Report of the Indian Hemp Drugs Commission, 1894-1895 - Volume VI
Year: 1894
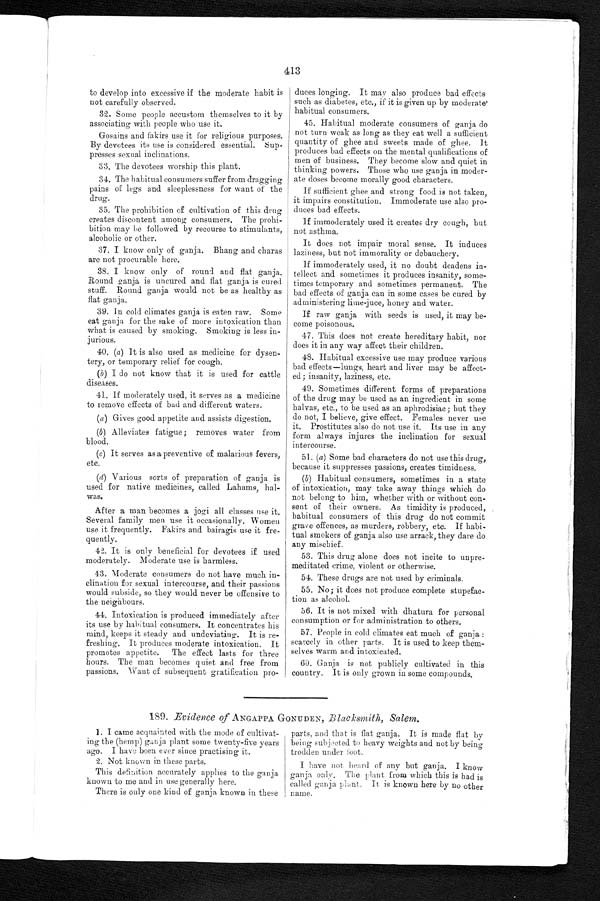
413
to develop into excessive if the moderate habit is
not carefully observed.
32. Some people accustom themselves to it by
associating with people who use it.
Gosains and fakirs use it for religious purposes.
By devotees its use is considered essential. Sup
- p r e s s e s s e x u a l i n c l i n a t i o n s .
33. The devotees worship this plant.
34. The habitual consumers suffer from dragging
pains of legs and sleeplessness for want of the
drug.
35. The prohibition of cultivation of this drug
creates discontent among consumers. The prohi
- b i t i o n m a y b e f o l l o w e d b y r e c o u r s e t o s t i m u l a n t s ,
alcoholic or other.
37. I know only of ganja. Bhang and charas
are not procurable here.
38. I know only of round and flat ganja.
Round ganja is uncured and flat ganja is cured
stuff. Round ganja would not be as healthy as
flat ganja.
39. In cold climates ganja is eaten raw. Some
eat ganja for the sake of more intoxication than
what is caused by smoking. Smoking is less in-
jurious.
40. (a) It is also used as medicine for dysen--
tery, or temporary relief for cough.
(b) I do not know that it. is used for cattle
diseases.
41. If moderately used, it serves as a medicine
to remove effects of bad and different waters.
(a) Gives good appetite and assists digestion.
(b) Alleviates fatigue; removes water from
blood.
(c) It serves as a preventive of malarious fevers,
etc.
(d) Various sorts of preparation of ganja is
used for native medicines, called Lahams, hal
- w a s .
After a man becomes a jogi all classes use it.
Several family men use it occasionally. Women
use it frequently. Fakirs and bairagis use it fre-
quently.
42. It is only beneficial for devotees if used
moderately. Moderate use is harmless.
43. Moderate consumers do not have much in--
clination for sexual intercourse, and their passions
would subside, so they would never be offensive to
the neighbours.
44. Intoxication is produced immediately after
its use by habitual consumers. It concentrates his
mind, keeps it steady and undeviating. It is re--
freshing. It produces moderate intoxication. It
promotes appetite. The
e f f e c t l a s t s f o r t h r e e h o u r s . T h e m a n b e c o m e s q u i e t a n d f r e e f r o m
passions. Want of subsequent gratification pro-
duces longing. It may also produce bad effects
such as diabetes, etc., if it is given up by moderate'
habitual consumers.
45. Habitual moderate consumers of ganja do
not turn weak as long as they eat well a sufficient
quantity of ghee and sweets made of ghee. It
produces bad effects on the mental qualifications of
men of business. They become slow and quiet in
thinking powers. Those who use ganja in moder-
ate doses become morally good characters.
If sufficient ghee and strong food is not taken,
it impairs constitution. Immoderate use also pro-
duces bad effects.
If immoderately used it creates dry cough, but
not asthma.
It does not impair moral sense. It induces
laziness, but not immorality or debauchery.
If immoderately used, it no doubt deadens in-
tellect and sometimes it produces insanity, some-
times temporary and sometimes permanent. The
bad effects of ganja can in some cases be cured by
administering lime-juce, honey and water.
If raw ganja with seeds is used, it may be-
come poisonous.
47. This does not create hereditary habit, nor
does it in any way affect their children.
48. Habitual excessive use may produce various
bad effects—lungs, heart and liver may be affect-
ed; insanity, laziness, etc.
49. Sometimes different forms of preparations
of the drug may be used as an ingredient in some
halvas, etc., to be used as an aphrodisiac; but they
do not, I believe, give effect. Females never use
it. Prostitutes also do not use it. Its use in any
form always injures the inclination for sexual
intercourse.
51. (a) Some bad characters do not use this drug,
because it suppresses passions, creates timidness.
(6) Habitual consumers, sometimes in a state
of intoxication, may take away things which do
not belong to him, whether with or without con-
sent of their owners. As timidity is produced,
habitual consumers of this drug do not commit
grave offences, as murders, robbery, etc. If habi-
tual smokers of ganja also use arrack, they dare do
any mischief.
53. This drug alone does not incite to unpre-
meditated crime, violent or otherwise.
54. These drugs are not used by criminals.
55. No; it does not produce complete stupefac-
tion as alcohol.
56. It is not mixed with dhatura for personal
consumption or for administration to others.
57. People in cold climates eat much of ganja :
scarcely in other parts. It is used to keep them-
selves warm and intoxicated.
60. Ganja is not publicly cultivated in this
country. It is only grown in some compounds.
189. Evidence of ANGAPPA GONUDEN, Blacksmith, Salem.
1. I came acquainted with the mode of cultivat-
ing the (hemp) ganja plant some twenty-five years
ago. I have been ever since practising it.
2. Not known in these parts.
This definition accurately applies to the ganja
known to me and in use generally here.
There is only one kind of ganja known in these
parts, and that is flat ganja. It is made flat by
being subjected to heavy weights and not by being
trodden under foot.
I have not heard of any but ganja. I know
ganja only. The plant from which this is bad is
called ganja plant. It is known here by no other
name.